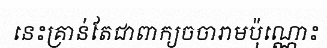
នេះគ្រាន់តែជាពាក្យចចារាមប៉ុណ្ណោះ